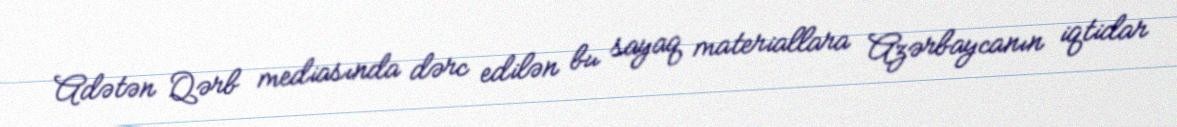
Adətən Qərb mediasında dərc edilən bu sayaq materiallara Azərbaycanın iqtidar